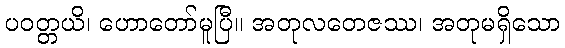
ပဝတ္တယိ၊ ဟောတော်မူပြီ။ အတုလတေဇဿ၊ အတုမရှိသော